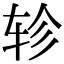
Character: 轸